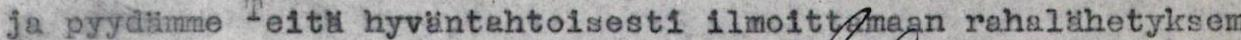
ja pyydämme Teitä hyväntahtoisesti ilmoittamaan rahalähetyksem